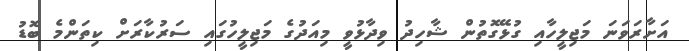
އަށާރަވަނަ މަޖިލީހާއި ގުޅޭގޮތުން ޝާހިދު ވިދާޅުވީ މިއަދުގެ މަޖިލީހުގައި ސަރުކާރަށް ކިތަންމެ ބޮޑު